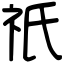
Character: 祇